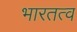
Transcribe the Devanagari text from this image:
भारतत्व